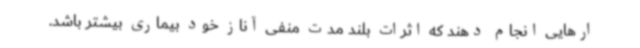
ارهایی انجام دهند که اثرات بلند مدت منفی آناز خود بیماری بیشتر باشد.